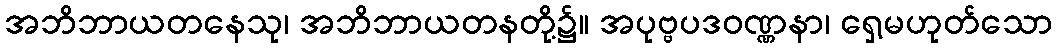
အဘိဘာယတနေသု၊ အဘိဘာယတနတို့၌။ အပုဗ္ဗပဒဝဏ္ဏနာ၊ ရှေ့မဟုတ်သော